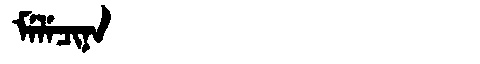
Manchu: ᠮᡝᠯᡝᠴᡳᠨᠠ
Romanization: MELECINA